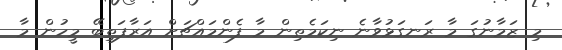
މި ޒަމާނުގަ މާ ރަނގަޅުވާނެ ނިކަމެތިން މާ ފެންމައްޗަށް އަރާފަތިބޭ މީހުން މާ